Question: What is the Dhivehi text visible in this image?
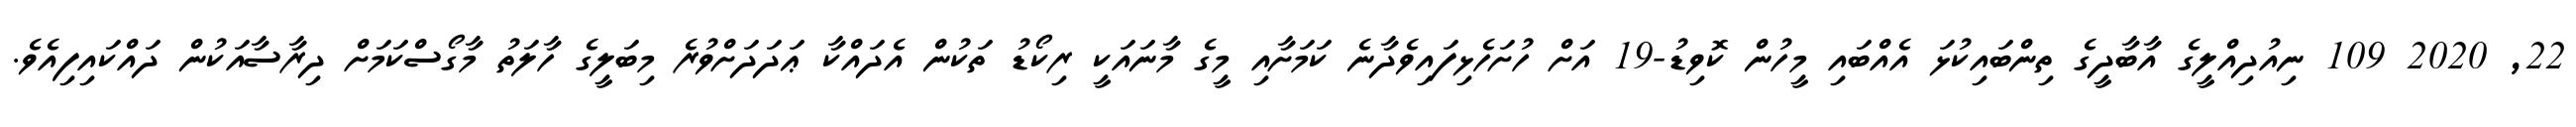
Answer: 22, 2020 109 ނިއުދިއްލީގެ އާބާދީގެ ތިންބައިކުޅަ އެއްބައި މީހުން ކޮވިޑު-19 އަށް ހުށަހެޅިފައިވެދާނެ ކަމަށާއި މީގެ މާނައަކީ ރިކޯޑު ތަކުން އެދައްކާ ޢަދަދަށްވުރެ މިބަލީގެ ހާލަތު މާގޯސްކަމަށް ދިރާސާއަކުން ދައްކައިފިއެވެ.